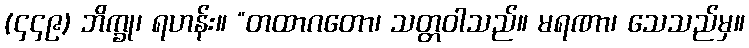
(၄၄၉) ဘိက္ခု၊ ရဟန်း။ “တထာဂတော၊ သတ္တဝါသည်။ မရဏာ၊ သေသည်မှ။